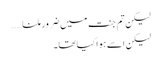
لیکن تم جنت میں ضرور ملنا……
لیکن اسے ہوا کیا تھا۔